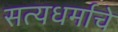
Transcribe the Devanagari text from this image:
सत्यधर्माचे